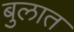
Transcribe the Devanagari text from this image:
बुलात